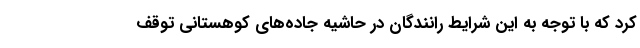
کرد که با توجه به این شرایط رانندگان در حاشیه جاده‌های کوهستانی توقف